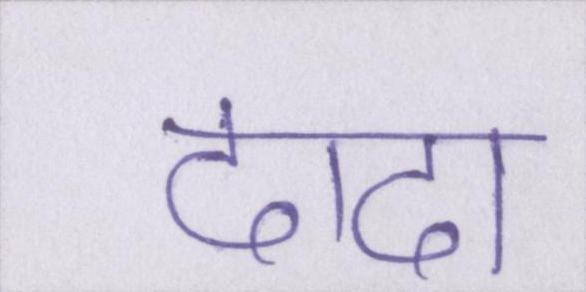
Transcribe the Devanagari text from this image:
दादा